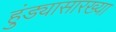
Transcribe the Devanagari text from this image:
हुंड्यासारख्या